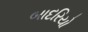
બાદરિયો